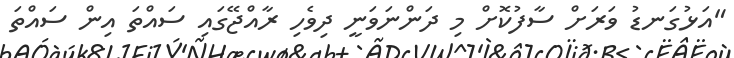
"އަޅުގަނޑު ވަރަށް ސާފުކޮށް މި ދަންނަވަނީ ދިވެހި ރާއްޖޭގައި ސައްތަ އިން ސައްތަ